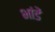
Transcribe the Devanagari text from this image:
भांडें